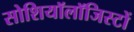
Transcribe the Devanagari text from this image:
सोशियॉलॉजिस्टों